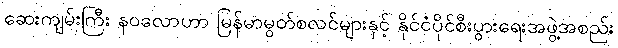
ဆေးကျမ်းကြီး နဝလောဟာ မြန်မာမွတ်စလင်များနှင့် နိုင်ငံပိုင်စီးပွားရေးအဖွဲ့အစည်း